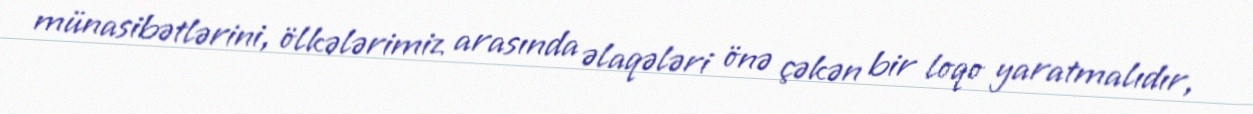
münasibətlərini, ölkələrimiz arasında əlaqələri önə çəkən bir loqo yaratmalıdır,